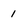
Character: 1